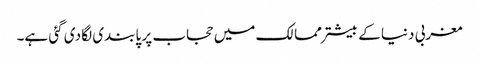
مغربی دنیا کے بیشتر ممالک میں حجاب پر پابندی لگا دی گئی ہے۔